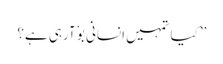
’’کیا تمہیں انسانی بوٗ آرہی ہے؟